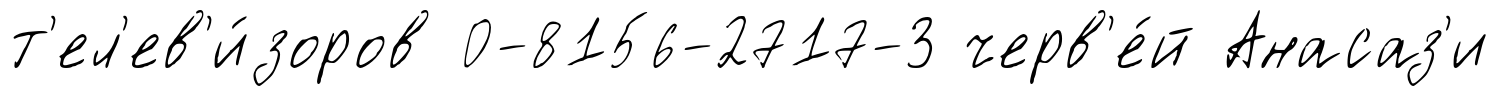
т'ел'ев'и́зоров 0-8156-2717-3 черв'е́й Анасаз'и